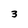
Character: 3